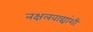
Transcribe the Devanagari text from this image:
नक्षलवाद्यांशी